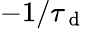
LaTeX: -1/\tau_{\mathrm{~d~}}